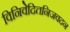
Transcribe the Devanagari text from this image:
विनिवेदितनिजवदन